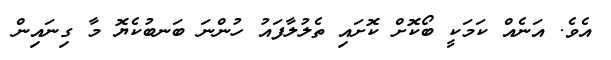
އެވެ. އަނެއް ކަމަކީ ބޯކޮށް ކޮށައި ތެލުލާފައު ހުންނަ ބަނބުކެޔޮ މާ ގިނައިން